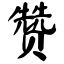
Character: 赞